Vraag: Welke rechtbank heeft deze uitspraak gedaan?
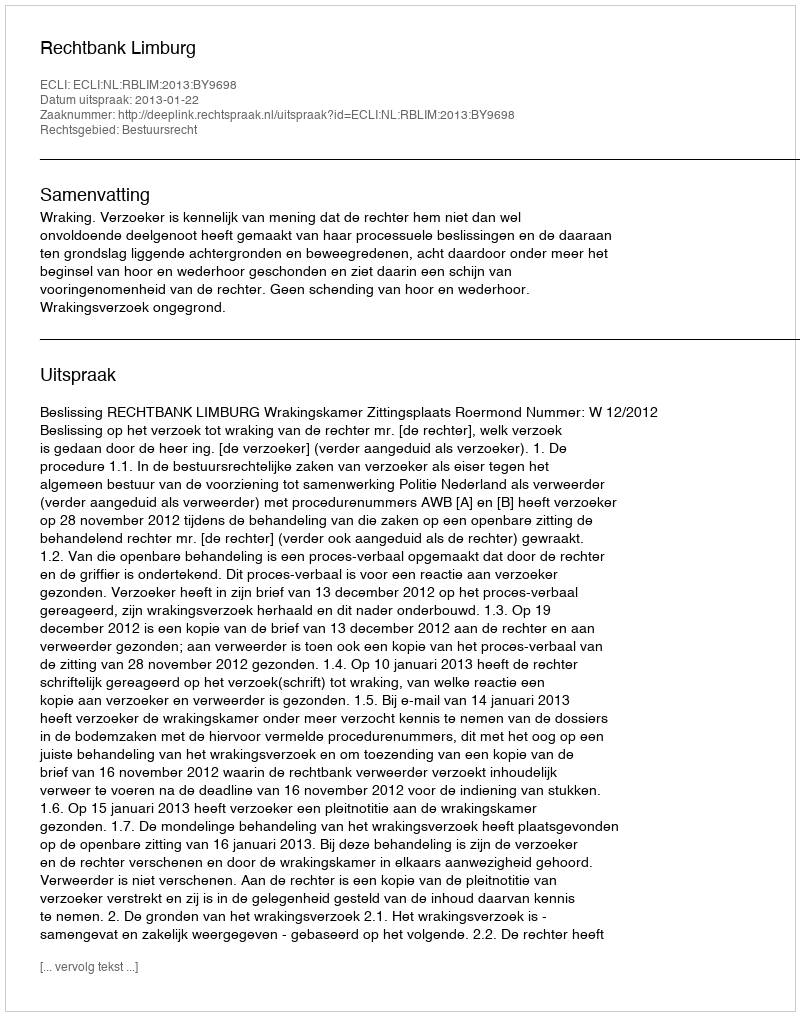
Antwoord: Rechtbank Limburg